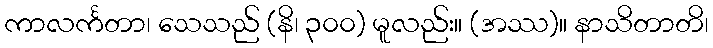
ကာလင်္ကတာ၊ သေသည် (နိ၊ ၃၀၀) မူလည်း။ (အဿ)။ နာသိတာတိ၊